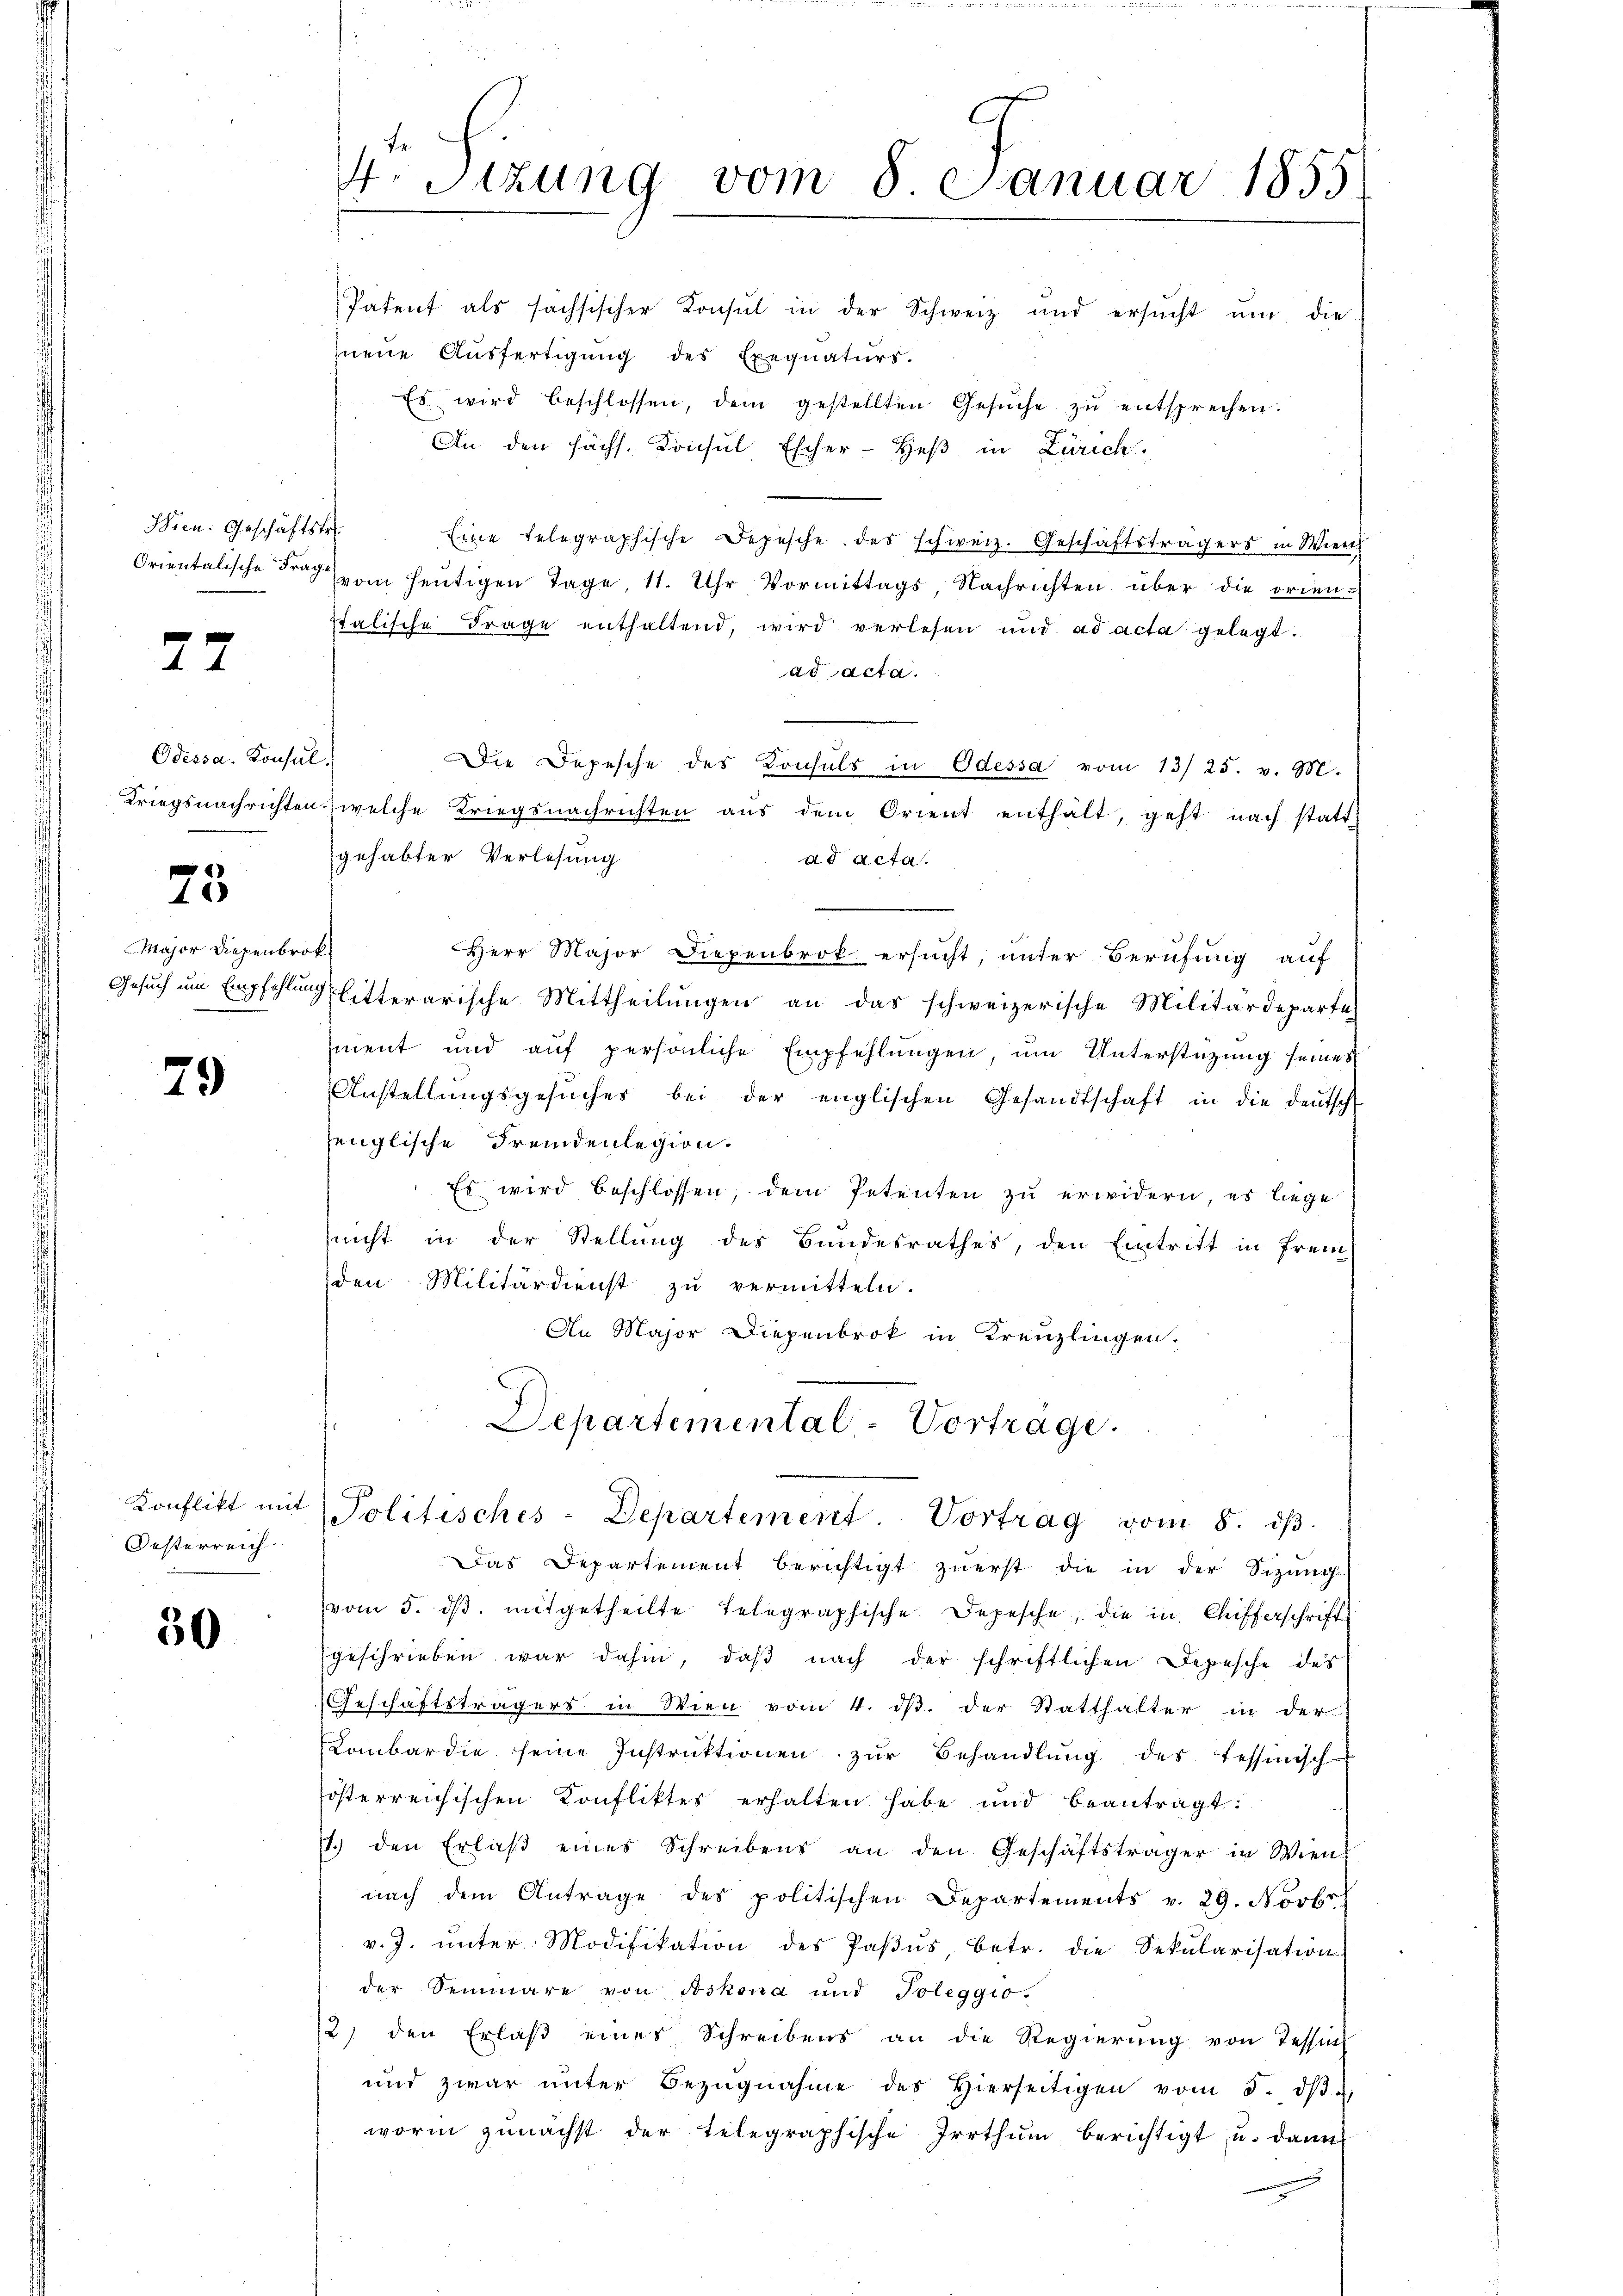
Wien. Geschäftstr

A

Odessa. Konsul.

73

Major Diepenbrok

79

Oesterreich

50

4. Sizung vom 8 Januar 1855
Patent als sächsischer Konsul in der Schweiz und ersŭcht ŭm die
hneue Ausfertigung des Exequaturs.

Es wird beschlossen, dem gestellten Gesŭche zŭ entsprechen.
An den sächs. Konsul Escher-Heß in Zürich,
Eine telegraphische Depesche des schweiz. Geschäftsträgers in Wien
Orientalische der vom heŭtigen Tage, 11. Uhr Vormittags, Nachrichten über die orien-
Italische Frage enthaltend, wird verlesen und ad acta gelegt.
ad acta.
Die Depesche des Konsuls in Odessa vom 13/25. v. M.
Kriegsnachrichten welche Kriegsnachrichten aŭs dem Orient enthalt, geht nach statt
gehabter Verlesung
ad acta.
Herr Major Diepenbrok ersucht, unter Berufung auf
Gesuch um Empfehlung litterarische Mittheilŭngen an das schweizerische Militärdeparte
ment und aŭf persönliche Empfehlŭngen, um Unterstützung seines
Anstellungsgesŭches bei der englischen Gesandtschaft in die deutsch
senglische Fremdenlegion.
Es wird beschlossen, dem Petenten zu erwidern, es liege
(nicht in der Stellung des Bundesrathes, den Eintritt in frem
den Militärdienst zŭ vermitteln.
An Major Diepenbrok in Kreuzlingen.

Departemental-Vorträge.
Konflikt mit Politisches-Departement. Vortrag vom 8. dβ.

Das Departement berichtigt zuerst die in der Sizung
vom 5. dβ. mitgetheilte Telegraphische Depesche, die in Chifferschrift
geschrieben war dahin, daβ nach der schriftlichen Depesche des
Geschäftsträgers in Wien vom 4. ds. der Statthalter in der
Lombar die seine Instrŭktionen zŭr Behandlŭng des Tessinisch-
österreichischen Konfliktes erhalten habe und beantragt:
7. den Erlaβ eines Schreibens an den Geschäftsträger in Wien
nach dem Antrage des politischen Departements v. 29. Novbr.
v. J. ŭnter Modifikation des Paβŭs, betr. die Sekularisation
der Semmäre von Aoskona und Toleggio.
12) den Erlaß eines Schreibens an die Regierung von Tessich
und zwar ŭnter Bezŭgnahme des Hierseitigen vom 5. dβ
worin zunächst der telegraphische Irrthŭm berichtigt, u. dann